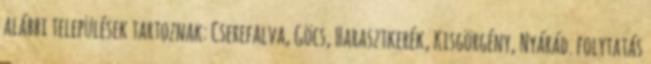
alábbi települések tartoznak: Cserefalva, Göcs, Harasztkerék, Kisgörgény, Nyárád. folytatás